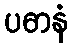
ပဓာနံ